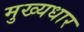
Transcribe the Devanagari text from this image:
मुख्यधार